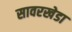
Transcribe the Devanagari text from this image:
सावरखेडा